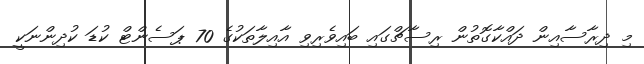
މި ދިރާސާއިން ދައްކާގޮތުން ރިސާޗްގައި ބައިވެރިވި އާއިލާތަކުގެ 70 ޕަސެންޓް ކުޑަ ކުދިންނަކީ